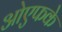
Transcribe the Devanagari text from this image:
ओएफके